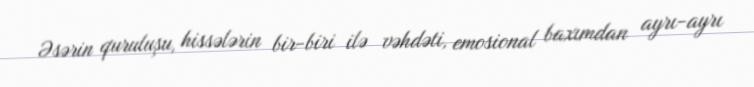
Əsərin quruluşu, hissələrin bir-biri ilə vəhdəti, emosional baxımdan ayrı-ayrı